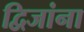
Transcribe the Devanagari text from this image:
द्विजांना